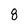
Character: 8